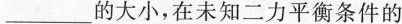
___的大小，在未知二力平衡条件的